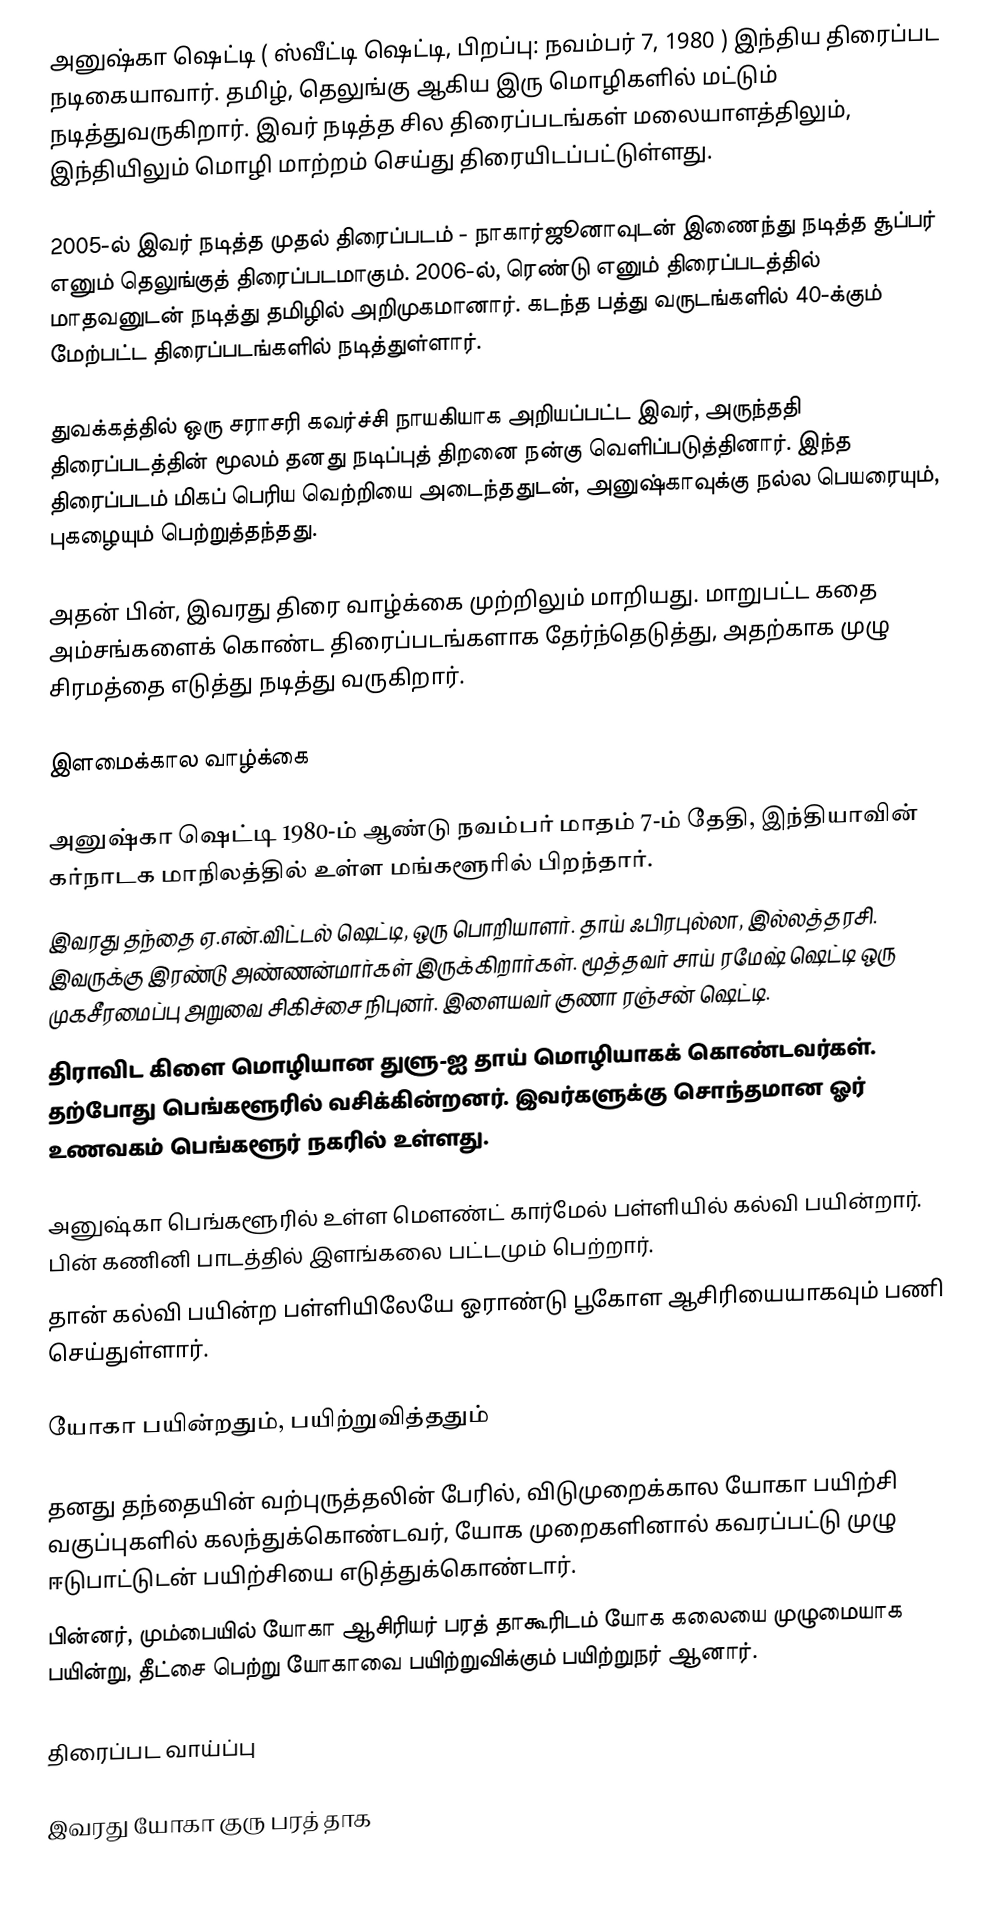
அனுஷ்கா ஷெட்டி  ( ஸ்வீட்டி ஷெட்டி, பிறப்பு: நவம்பர் 7, 1980 )  இந்திய திரைப்பட நடிகையாவார். தமிழ், தெலுங்கு ஆகிய இரு மொழிகளில் மட்டும் நடித்துவருகிறார். இவர் நடித்த சில திரைப்படங்கள் மலையாளத்திலும், இந்தியிலும் மொழி மாற்றம் செய்து திரையிடப்பட்டுள்ளது.

2005-ல் இவர் நடித்த முதல் திரைப்படம் - நாகார்ஜூனாவுடன் இணைந்து நடித்த சூப்பர் எனும் தெலுங்குத் திரைப்படமாகும். 2006-ல், ரெண்டு எனும் திரைப்படத்தில் மாதவனுடன் நடித்து தமிழில் அறிமுகமானார். கடந்த பத்து வருடங்களில் 40-க்கும் மேற்பட்ட திரைப்படங்களில் நடித்துள்ளார்.

துவக்கத்தில் ஒரு சராசரி கவர்ச்சி நாயகியாக அறியப்பட்ட இவர், அருந்ததி திரைப்படத்தின் மூலம் தனது நடிப்புத் திறனை நன்கு வெளிப்படுத்தினார். இந்த திரைப்படம் மிகப் பெரிய வெற்றியை அடைந்ததுடன், அனுஷ்காவுக்கு நல்ல பெயரையும், புகழையும் பெற்றுத்தந்தது.

அதன் பின், இவரது திரை வாழ்க்கை முற்றிலும் மாறியது. மாறுபட்ட கதை அம்சங்களைக் கொண்ட திரைப்படங்களாக தேர்ந்தெடுத்து, அதற்காக முழு சிரமத்தை எடுத்து நடித்து வருகிறார்.

இளமைக்கால வாழ்க்கை

அனுஷ்கா ஷெட்டி 1980-ம் ஆண்டு நவம்பர் மாதம் 7-ம் தேதி, இந்தியாவின் கர்நாடக மாநிலத்தில் உள்ள மங்களூரில் பிறந்தார்.
இவரது தந்தை ஏ.என்.விட்டல் ஷெட்டி, ஒரு பொறியாளர். தாய் ஃபிரபுல்லா, இல்லத்தரசி. இவருக்கு இரண்டு அண்ணன்மார்கள் இருக்கிறார்கள். மூத்தவர் சாய் ரமேஷ் ஷெட்டி ஒரு முகசீரமைப்பு அறுவை சிகிச்சை நிபுனர். இளையவர் குணா ரஞ்சன் ஷெட்டி.
திராவிட கிளை மொழியான துளு-ஐ தாய் மொழியாகக் கொண்டவர்கள். தற்போது பெங்களூரில் வசிக்கின்றனர். இவர்களுக்கு சொந்தமான ஓர் உணவகம் பெங்களூர் நகரில் உள்ளது.

அனுஷ்கா பெங்களூரில் உள்ள மெளண்ட் கார்மேல் பள்ளியில் கல்வி பயின்றார். பின் கணினி பாடத்தில் இளங்கலை பட்டமும் பெற்றார்.
தான் கல்வி பயின்ற பள்ளியிலேயே ஓராண்டு பூகோள ஆசிரியையாகவும் பணி செய்துள்ளார்.

யோகா பயின்றதும், பயிற்றுவித்ததும்

தனது தந்தையின் வற்புருத்தலின் பேரில், விடுமுறைக்கால யோகா பயிற்சி வகுப்புகளில் கலந்துக்கொண்டவர், யோக முறைகளினால் கவரப்பட்டு முழு ஈடுபாட்டுடன் பயிற்சியை எடுத்துக்கொண்டார்.
பின்னர், மும்பையில் யோகா ஆசிரியர் பரத் தாகூரிடம் யோக கலையை முழுமையாக பயின்று, தீட்சை பெற்று யோகாவை பயிற்றுவிக்கும் பயிற்றுநர் ஆனார்.

திரைப்பட வாய்ப்பு

இவரது யோகா குரு பரத் தாக